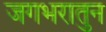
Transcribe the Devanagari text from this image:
जगभरातुन